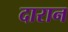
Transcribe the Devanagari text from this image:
दारान